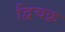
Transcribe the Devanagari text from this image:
द्विचक्र